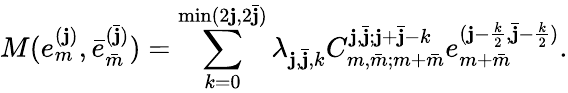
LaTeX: M(e_{m}^{(\mathbf{j})},\bar{{e}}_{\bar{{m}}}^{(\bar{{\mathbf{j}}})})=\sum_{k=0}^{\operatorname*{min}(2\mathbf{j},2\bar{{\mathbf{j}}})}\lambda_{\mathbf{j},\bar{{\mathbf{j}}},k}C_{m,\bar{{m}};m+\bar{{m}}}^{\mathbf{j},\bar{{\mathbf{j}}};\mathbf{j}+\bar{{\mathbf{j}}}-k}e_{m+\bar{{m}}}^{(\mathbf{j}-\frac{{k}}{{2}},\bar{{\mathbf{j}}}-\frac{{k}}{{2}})}.